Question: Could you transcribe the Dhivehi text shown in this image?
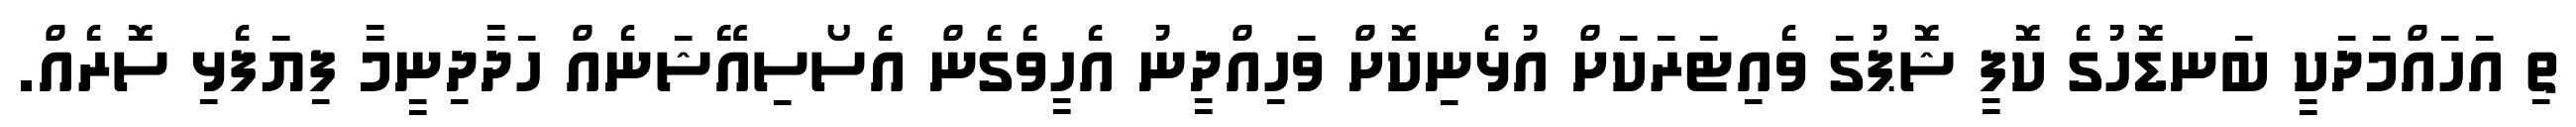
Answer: ތި އަހައްމަދަކީ ބަނޑޮހުގެ ކޮފީ ޝޮޕުގަ ވެއިޓަރަކަށް އުޅެނިކޮށް ވަހިއްދީނު އެހީވެގެން އެސޯސިއޭޝަނެއް ހަދާދިނީމާ ފިޔަފެޅި ސޮރެއް.